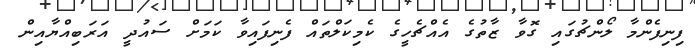
ފިނިފެންމާ ލޯންޗުގައި ގޮވާ ޒާތުގެ އެއްޗެހީގެ ކެމިކަލްތައް ފެނިފައިވާ ކަމަށް ސައުދީ އަރަބިއްޔާއިން